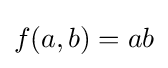
f(a,b)=ab